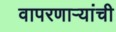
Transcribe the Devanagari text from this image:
वापरणार्‍यांची